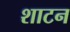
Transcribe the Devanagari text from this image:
शाटन